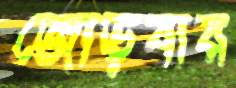
জোড়বার